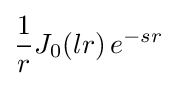
{\frac {1}{r}}J_{0}(lr)\,e^{-sr}